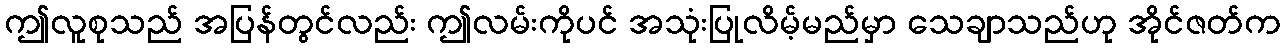
ဤလူစုသည် အပြန်တွင်လည်း ဤလမ်းကိုပင် အသုံးပြုလိမ့်မည်မှာ သေချာသည်ဟု အိုင်ဇတ်က